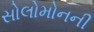
સોલોમોનની